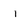
Character: I